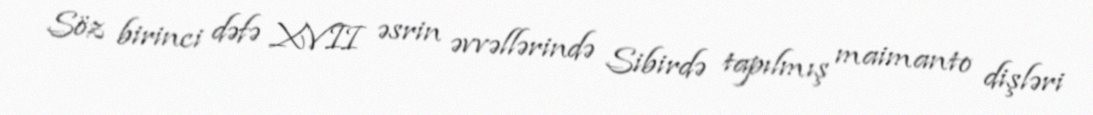
Söz birinci dəfə XVII əsrin əvvəllərində Sibirdə tapılmış maimanto dişləri